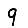
Digit: 9